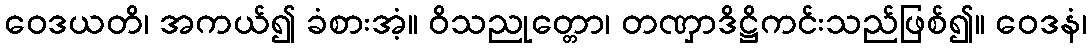
ဝေဒယတိ၊ အကယ်၍ ခံစားအံ့။ ဝိသညုတ္တော၊ တဏှာဒိဋ္ဌိကင်းသည်ဖြစ်၍။ ဝေဒနံ၊